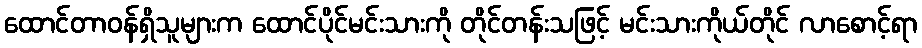
ထောင်တာဝန်ရှိသူများက ထောင်ပိုင်မင်းသားကို တိုင်တန်းသဖြင့် မင်းသားကိုယ်တိုင် လာစောင့်ရာ